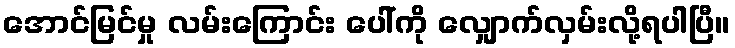
အောင်မြင်မှု လမ်းကြောင်း ပေါ်ကို လျှောက်လှမ်းလို့ရပါပြီ။